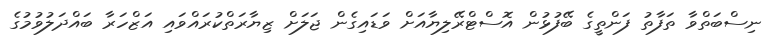
ނިސްބަތްވާ ތަފާތު ފަންތީގެ ބޭފުޅުން އޮސްޓްރޭލިޔާއަށް ވަޑައިގެން ޖަލަށް ޒިޔާރަތްކުރައްވައި އަޒްހަރާ ބައްދަލުވުމުގެ